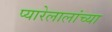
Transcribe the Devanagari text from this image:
प्यारेलालांच्या